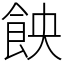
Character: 䬬